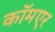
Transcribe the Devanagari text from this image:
कॉमएर